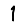
Digit: 1